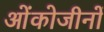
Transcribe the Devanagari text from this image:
ओंकोजीनों